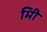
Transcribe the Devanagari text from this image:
मिी